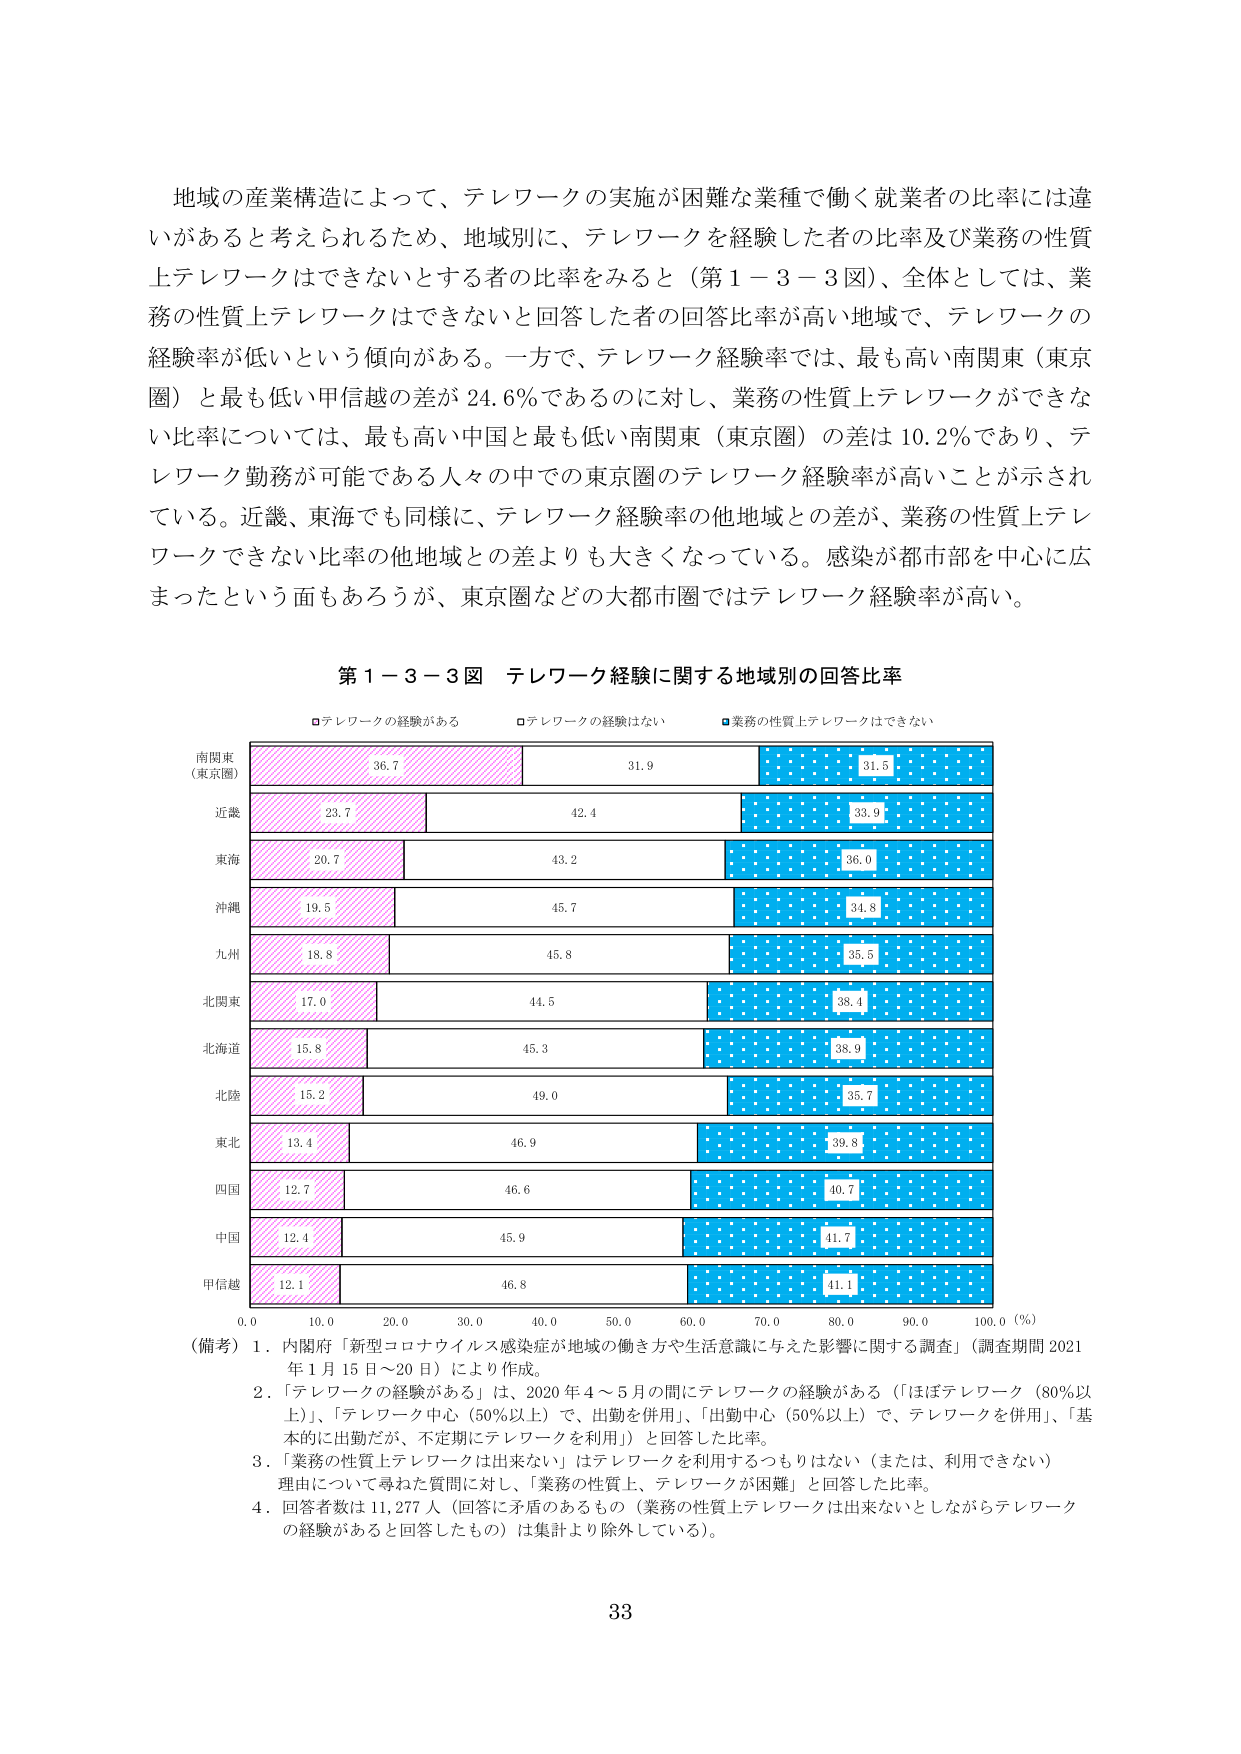
地域の産業構造によって、テレワークの実施が困難な業種で働く就業者の比率には違いがあると考えられるため、地域別に、テレワークを経験した者の比率及び業務の性質上テレワークはできないとする者の比率をみると（第１－３－３図）、全体としては、業務の性質上テレワークはできないと回答した者の回答比率が高い地域で、テレワークの経験率が低いという傾向がある。一方で、テレワーク経験率では、最も高い南関東（東京圏）と最も低い甲信越の差が24.6％であるのに対し、業務の性質上テレワークができない比率については、最も高い中国と最も低い南関東（東京圏）の差は10.2％であり、テレワーク勤務が可能である人々の中での東京圏のテレワーク経験率が高いことが示されている。近畿、東海でも同様に、テレワーク経験率の他地域との差が、業務の性質上テレワークできない比率の他地域との差よりも大きくなっている。感染が都市部を中心に広まったという面もあろうが、東京圏などの大都市圏ではテレワーク経験率が高い。

第１－３－３図 テレワーク経験に関する地域別の回答比率

■テレワークの経験がある
□テレワークの経験はない
■業務の性質上テレワークはできない

南関東
（東京圏） 36.7 31.9 31.5
近畿 23.7 42.4 33.9
東海 20.7 43.2 36.0
沖縄 19.5 45.7 34.8
九州 18.8 45.8 35.5
北関東 17.0 44.5 38.4
北海道 15.8 45.3 38.9
北陸 15.2 49.0 35.7
東北 13.4 46.9 39.8
四国 12.7 46.6 40.7
中国 12.4 45.9 41.7
甲信越 12.1 46.8 41.1

0.0 10.0 20.0 30.0 40.0 50.0 60.0 70.0 80.0 90.0 100.0（％）

（備考）１．内閣府「新型コロナウイルス感染症が地域の働き方や生活意識に与えた影響に関する調査」（調査期間2021年1月15日～20日）により作成。
２．「テレワークの経験がある」は、2020年4～5月の間にテレワークの経験がある（「ほぼテレワーク（80％以上）」、「テレワーク中心（50％以上）で、出勤を併用」、「出勤中心（50％以上）で、テレワークを併用」、「基本的に出勤だが、不定期にテレワークを利用」）と回答した比率。
３．「業務の性質上テレワークは出来ない」はテレワークを利用するつもりはない（または、利用できない）理由について尋ねた質問に対し、「業務の性質上、テレワークが困難」と回答した比率。
４．回答者数は11,277人（回答に矛盾のあるもの（業務の性質上テレワークは出来ない）しながらテレワークの経験があると回答したもの）は集計より除外している）。

33